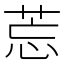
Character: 莣